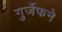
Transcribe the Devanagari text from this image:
गुर्जेफने